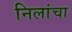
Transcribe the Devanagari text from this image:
निलांचा